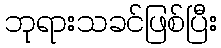
ဘုရားသခင်ဖြစ်ပြီး